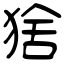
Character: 猞